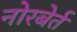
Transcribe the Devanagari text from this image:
नोरबेर्त